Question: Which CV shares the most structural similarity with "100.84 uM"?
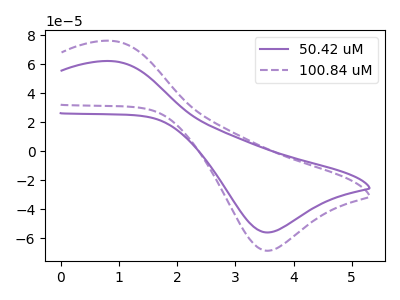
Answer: <think>The purple curve "50.42 uM" has an anodic peak at (0.90V, 62.00uA) and a cathodic peak at (3.55V, -55.95uA). The purple dashed curve "100.84 uM" has an anodic peak at (0.90V, 75.95uA) and a cathodic peak at (3.55V, -68.55uA).
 All the peaks in "50.42 uM" have a peak in "100.84 uM" at the same potential. Every peak in "50.42 uM" is lower than every peak in "100.84 uM".</think>
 <answer>The CV with the most similar shape to "50.42 uM" is "100.84 uM".</answer>
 <eval>"100.84 uM"</eval>